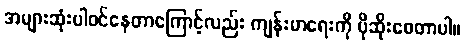
အများဆုံးပါဝင်နေတာကြောင့်လည်း ကျန်းမာရေးကို ပိုဆိုးစေတာပါ။